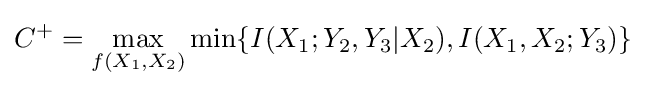
C^{+}=\max _{f(X_{1},X_{2})}\min\{I(X_{1};Y_{2},Y_{3}|X_{2}),I(X_{1},X_{2};Y_{3})\}